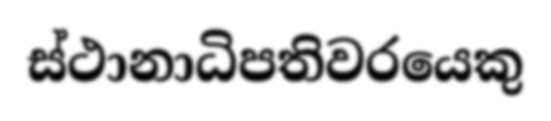
ස්ථානාධිපතිවරයෙකු